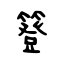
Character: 簦